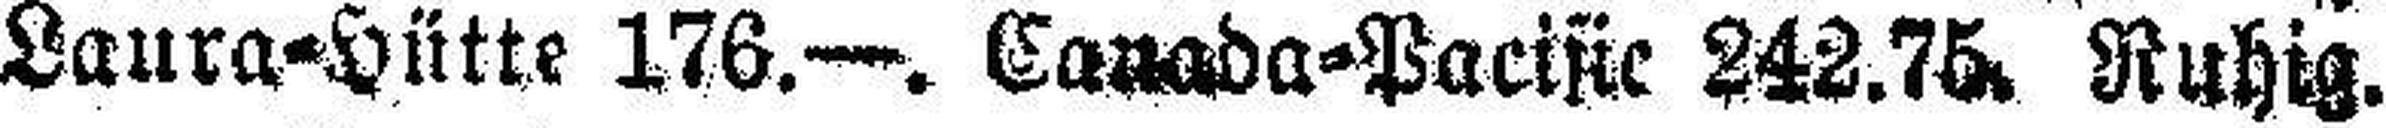
Laura=Hütte 176.—. Canada=Pacific 242.75. Ruhig.